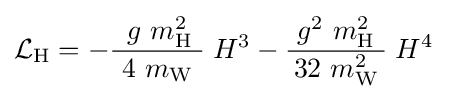
{\mathcal {L}}_{\mathrm {H} }=-{\frac {\ g\ m_{\mathrm {H} }^{2}\,}{\ 4\ m_{\mathrm {W} }\ }}\;H^{3}-{\frac {\ g^{2}\ m_{\mathrm {H} }^{2}\ }{32\ m_{\mathrm {W} }^{2}}}\;H^{4}~